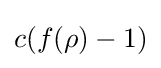
c(f(\rho )-1)